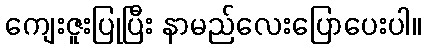
ကျေးဇူးပြုပြီး နာမည်လေးပြောပေးပါ။